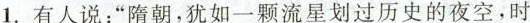
1. 有人说：”隋朝，犹如一颗流星划过历史的夜空，时